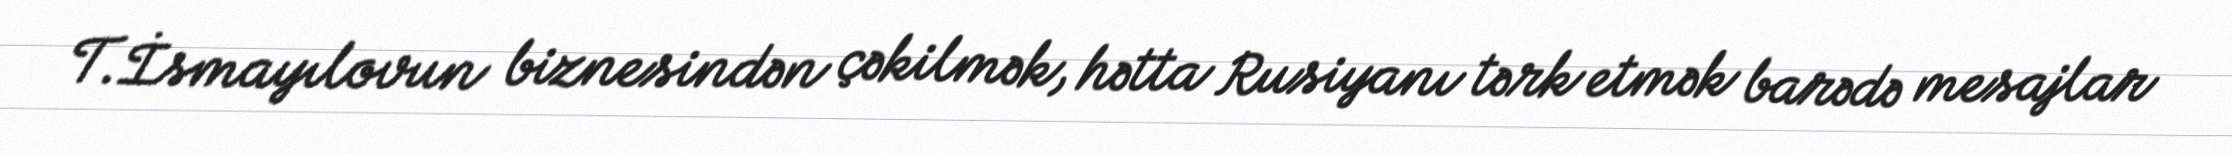
T.İsmayılovun biznesindən çəkilmək, hətta Rusiyanı tərk etmək barədə mesajlar